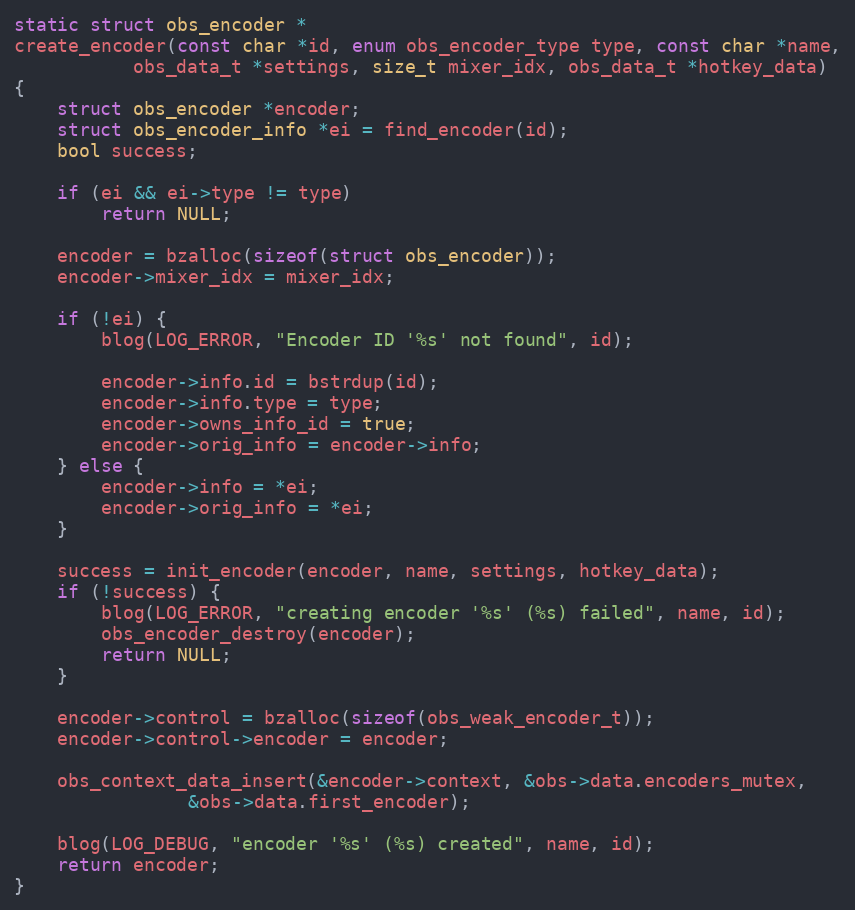
Language: C
static struct obs_encoder *
create_encoder(const char *id, enum obs_encoder_type type, const char *name,
	       obs_data_t *settings, size_t mixer_idx, obs_data_t *hotkey_data)
{
	struct obs_encoder *encoder;
	struct obs_encoder_info *ei = find_encoder(id);
	bool success;

	if (ei && ei->type != type)
		return NULL;

	encoder = bzalloc(sizeof(struct obs_encoder));
	encoder->mixer_idx = mixer_idx;

	if (!ei) {
		blog(LOG_ERROR, "Encoder ID '%s' not found", id);

		encoder->info.id = bstrdup(id);
		encoder->info.type = type;
		encoder->owns_info_id = true;
		encoder->orig_info = encoder->info;
	} else {
		encoder->info = *ei;
		encoder->orig_info = *ei;
	}

	success = init_encoder(encoder, name, settings, hotkey_data);
	if (!success) {
		blog(LOG_ERROR, "creating encoder '%s' (%s) failed", name, id);
		obs_encoder_destroy(encoder);
		return NULL;
	}

	encoder->control = bzalloc(sizeof(obs_weak_encoder_t));
	encoder->control->encoder = encoder;

	obs_context_data_insert(&encoder->context, &obs->data.encoders_mutex,
				&obs->data.first_encoder);

	blog(LOG_DEBUG, "encoder '%s' (%s) created", name, id);
	return encoder;
}